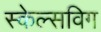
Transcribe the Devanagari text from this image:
स्केल्सविग